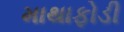
માથાફોડી